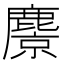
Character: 麖